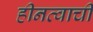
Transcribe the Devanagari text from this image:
हीनत्वाची